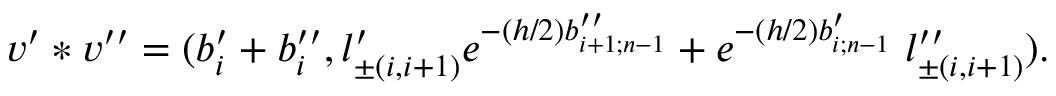
v ^ { \prime } * v ^ { \prime \prime } = ( b _ { i } ^ { \prime } + b _ { i } ^ { \prime \prime } , l _ { \pm ( i , i + 1 ) } ^ { \prime } e ^ { - ( h / 2 ) b _ { i + 1 ; n - 1 } ^ { \prime \prime } } + e ^ { - ( h / 2 ) b _ { i ; n - 1 } ^ { \prime } } \; l _ { \pm ( i , i + 1 ) } ^ { \prime \prime } ) .